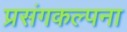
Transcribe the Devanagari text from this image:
प्रसंगकल्पना